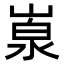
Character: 𡺙